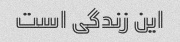
این زندگی است